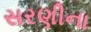
સરણીના